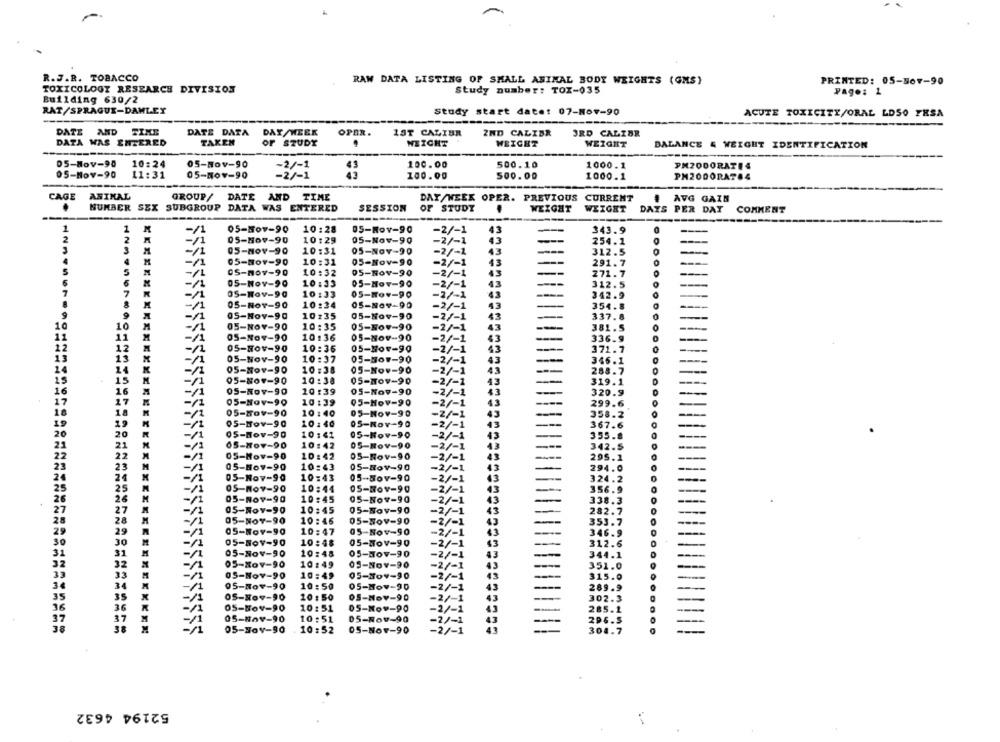
R.J.R. TOBACCO
RAW DATA LISTING OF SMALL ANIMAL BODY WEIGHTS (GMS)
PRINTED: 05-807-90
TOXICOLOGY RESEARCH DIVISION
Study number: TOX-035
Page: 1
Building 630/2
RAT/SPRAGUE-DAMLEY
Study start date: 07-Nov-90
ACUTE TOXICITY/ORAL LDSO FESA
DATE AND TIME
DATE DATA
DAY/WEEK
OPER.
1ST CALIBR
2ND CALIBR
3RD CALIBR
DATA WAS ENTERED
TAKEN
OF STUDY
.
WEIGHT
WEIGHT
WEIGHT
BALANCE & WEIGHT IDENTIFICATION
--
05-Nov-90
10:24
05-Nov-90
100.00
500.10
1000.1
05-Nov-90
11:31
05-10¥-90
100.00
500.00
1000.1
PM2000RAT84
CAGE
ANIMAL
GROUP/ DATE AND TIME
DAT/WEEK OPER. PREVIOUS CURRENT
# AVG GAIN
NUMBER SEX SUBGROUP DATA WAS ENTERED
SESSION
OF STUDY
.
WEIGHT
WEIGHT
DAYS PER DAT COMMENT
-
1
1
-/1
05-507-90
10:28
05-Nov-90
-2/-1
43
343.9
2
2
-11
05-Nov-90
10:29
05-Nov-90
-2/-1
43
254.1
3
05-NOV-90
10:31
05-Nov-90
-2/-1
43
312.5
05-Nov-90
M
-/1
10:31
05-Nov-90
-2/-1
43
291.7
5
05-207-90
10:32
05-NOV-90
-2/-1
43
271.7
5
05-Nov-90
10 :33
05-Nov-90
43
-/1
-2/-1
312.5
7
7
-/1
05-Nov-90
10:33
05-Nov-90
-2/-1
43
342.9
05-Nov-90
10:34
05-Nov-90
43
354.8
-2/-1
9
05-Nov-90
10135
05-Nov-90
-2/-1
43
337.8
10
10
05-NOV-90
10:35
05-Nov-90
-2/-1
43
381.5
11
11
05-Nov-90
10:36
05-Nov-90
-2/-1
43
336.9
2
12
05-NOV-90
10:36
05-Nov-90
-2/-1
43
371.7
13
13
05-Nov-90
10:37
05-107-90
-2/-1
43
346.1
14
05-Nov-90
10:38
05-Nov-90
-2/-1
43
288.7
15
05-Nov-90
10:38
05-NOV-90
-2/-1
43
319.1
16
16
05-NOV-90
10:39
05-Nov-90
-2/-1
43
320.9
17
17
05-Nov-90
10:39
05-Nov-90
-2/-1
43
299.6
18
05-Nov-90
10:40
05-NOV-90
-2/-1
43
358.2
19
19
05-Nov-90
10:40
05-Nov-90
-2/-1
367.6
43
20
05-Nov-90
10:41
05-Nov-90
-2/-1
43
355.8
21
05-Nov-90
10:42
05-Nov-90
-2/-1
43
342.5
22
05-Nov-90
10:42
05-Nov-90
-2/-1
43
295.1
23
05-Nov-90
10:43
05-Nov-9.0
43
294.0
24
05-Nov-90
10:43
05-Nov-90
-2/-1
324.2
25
05-Nov-90
10:44
05-Nov-90
-2/-1
356.9
26
05-Nov-90
05-Nov-90
10:45
-2/-1
338.3
27
05-Nov-90
10:45
05-Nov-90
-2/-1
282.7
28
05-Nov-90
10:46
05-Nov-90
353.7
-2/-1
43
29
05-Nov-90
10:47
05-Nov-90
-2/-1
346.9
30
05-Nov-90
10:48
05-Nov-90
-2/-1
NNNNNN
312.6
31
05-Nov-90
10:48
05-NOV-90
-2/-1
43
344.1
32
05-Nov-90
10:49
05-Nov-90
-2/-1
13
351.0
33
05-Nov-90
10 :49
05-104-90
-2/-1
43
315.0
05-Nov-90
10:50
05-Nov-90
-2/-1
289.9
43
35
05-Nov-90
10 :50
05-Nov-90
-2/-1
302.3
36
05-Nov-90
10:51
05-Nov-90
-2/-1
285.1
43
37
05-Nov-90
10:51
05-Nov-90
296.5
38
05-Nov-90
10:52
05-Nov-90
-2/-1
304.7
52194 4632